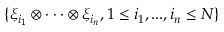
\{ \xi _ { i _ { 1 } } \otimes \cdot \cdot \cdot \otimes \xi _ { i _ { n } } , 1 \leq i _ { 1 } , . . . , i _ { n } \leq N \}